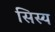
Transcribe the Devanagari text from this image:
सिस्य